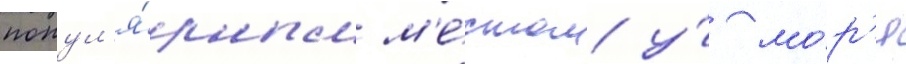
попул'я́рным м'е́стом у́ мо́р'я